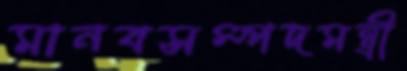
মানবসম্পদমন্ত্রী